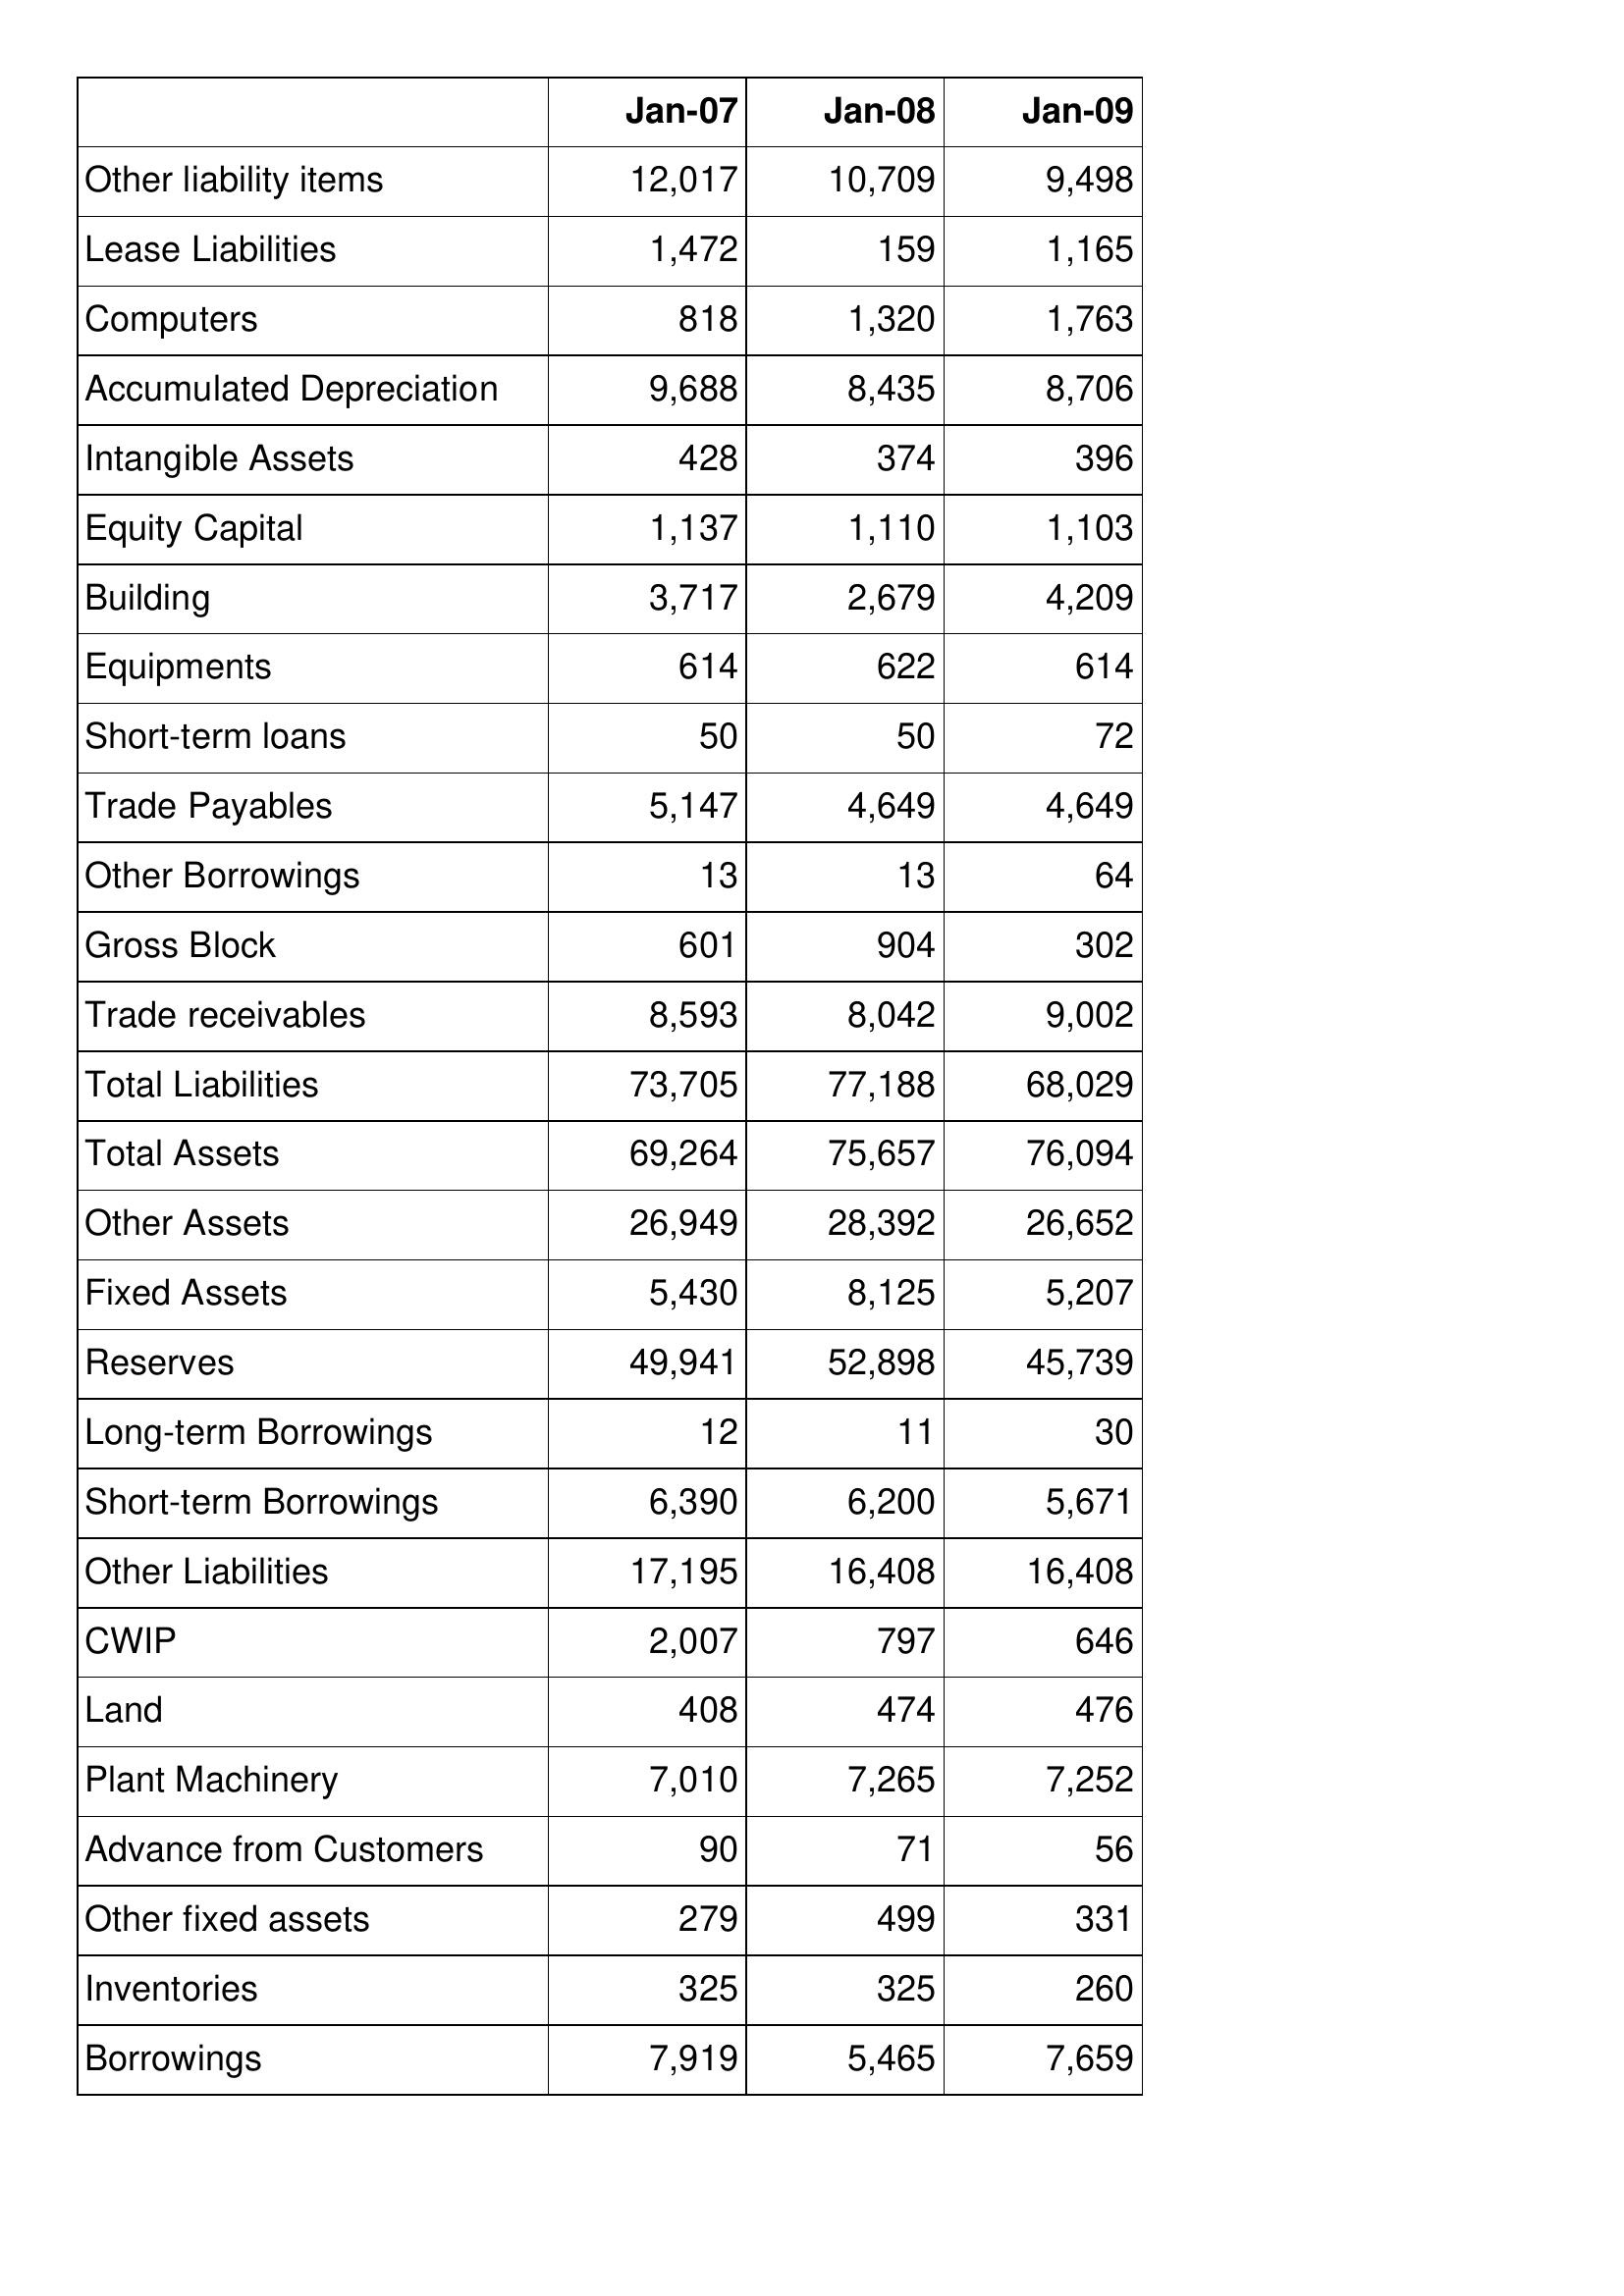
Jan-07: Balance Sheet: Other liability items: 12,017
Lease Liabilities: 1,472
Computers: 818
Accumulated Depreciation: 9,688
Intangible Assets: 428
Equity Capital: 1,137
Building: 3,717
Equipments: 614
Short-term loans: 50
Trade Payables: 5,147
Other Borrowings: 13
Gross Block: 601
Trade receivables: 8,593
Total Liabilities: 73,705
Total Assets: 69,264
Other Assets: 26,949
Fixed Assets: 5,430
Reserves: 49,941
Long-term Borrowings: 12
Short-term Borrowings: 6,390
Other Liabilities: 17,195
CWIP: 2,007
Land: 408
Plant Machinery: 7,010
Advance from Customers: 90
Other fixed assets: 279
Inventories: 325
Borrowings: 7,919
Jan-08: Balance Sheet: Other liability items: 10,709
Lease Liabilities: 159
Computers: 1,320
Accumulated Depreciation: 8,435
Intangible Assets: 374
Equity Capital: 1,110
Building: 2,679
Equipments: 622
Short-term loans: 50
Trade Payables: 4,649
Other Borrowings: 13
Gross Block: 904
Trade receivables: 8,042
Total Liabilities: 77,188
Total Assets: 75,657
Other Assets: 28,392
Fixed Assets: 8,125
Reserves: 52,898
Long-term Borrowings: 11
Short-term Borrowings: 6,200
Other Liabilities: 16,408
CWIP: 797
Land: 474
Plant Machinery: 7,265
Advance from Customers: 71
Other fixed assets: 499
Inventories: 325
Borrowings: 5,465
Jan-09: Balance Sheet: Other liability items: 9,498
Lease Liabilities: 1,165
Computers: 1,763
Accumulated Depreciation: 8,706
Intangible Assets: 396
Equity Capital: 1,103
Building: 4,209
Equipments: 614
Short-term loans: 72
Trade Payables: 4,649
Other Borrowings: 64
Gross Block: 302
Trade receivables: 9,002
Total Liabilities: 68,029
Total Assets: 76,094
Other Assets: 26,652
Fixed Assets: 5,207
Reserves: 45,739
Long-term Borrowings: 30
Short-term Borrowings: 5,671
Other Liabilities: 16,408
CWIP: 646
Land: 476
Plant Machinery: 7,252
Advance from Customers: 56
Other fixed assets: 331
Inventories: 260
Borrowings: 7,659